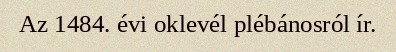
Az 1484. évi oklevél plébánosról ír.